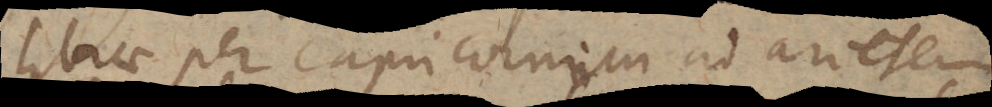
Librae per Capricornum ad Arietem